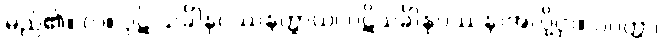
မည်၏။ လ။ ပုဋိ သင်္ခါနုပဿနတ္ထာယ၊ ပဋိသင်္ခါနုပဿနာအလို့ငှာ။ ပဝတ္တာ၊